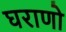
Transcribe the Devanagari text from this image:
घराणो